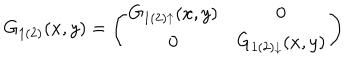
LaTeX: G _ { 1 ( 2 ) } ( x , y ) = \left( \begin{array} { c c } { { G _ { 1 ( 2 ) \uparrow } ( x , y ) } } & { { 0 \nonumber } } \\ { { 0 } } & { { G _ { 1 ( 2 ) \downarrow } ( x , y ) } } \\ \end{array} \right)